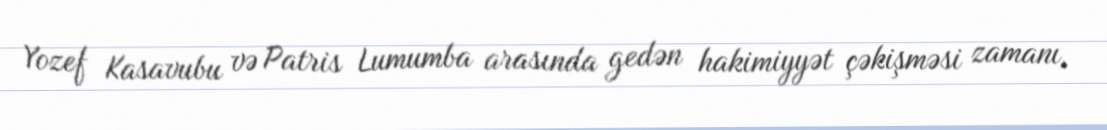
Yozef Kasavubu və Patris Lumumba arasında gedən hakimiyyət çəkişməsi zamanı,